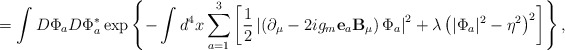
\begin{align*}=\int D\Phi_a D\Phi_a^{*}\exp\left\{-\int d^4x\sum\limits_{a=1}^{3}\left[\frac12\left|\left(\partial_\mu-2ig_m{\bf e}_a{\bf B}_\mu\right)\Phi_a\right|^2+\lambda\left(|\Phi_a|^2-\eta^2\right)^2\right]\right\},\end{align*}